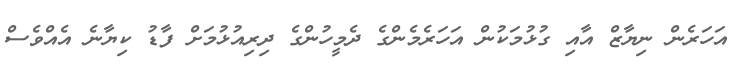
އަހަރެން ނިޔާޒް އާއި ގުޅުމަކުން އަހަރެމެންގެ ދެމީހުންގެ ދިރިއުޅުމަށް ފާޑު ކިޔާނެ އެއްވެސް